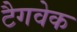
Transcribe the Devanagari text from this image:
टैगवेक